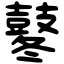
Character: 鼕